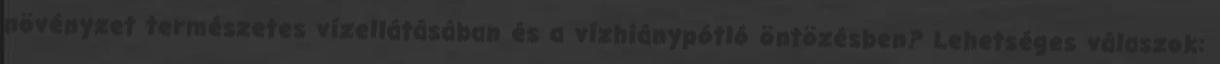
növényzet természetes vízellátásában és a vízhiánypótló öntözésben? Lehetséges válaszok: